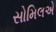
સોમિલએ